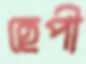
হেপী